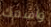
واسمك